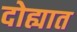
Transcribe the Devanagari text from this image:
दोह्यात